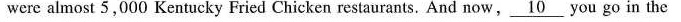
were almost 5,000 Kentucky Fried Chicken restaurants. And now, \underline{10} you go in the